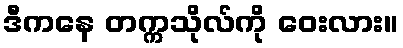
ဒီကနေ တက္ကသိုလ်ကို ဝေးလား။